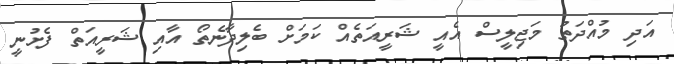
އަދި މުއްދަތު މަޖިލީސް އެއީ ޝަރީއަތެއް ކަމަށް ބެލިދާނެތޯ އާއި ޝަރީއަތް ފެށުނީ